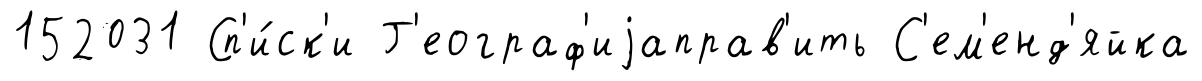
152031 Сп'и́ск'и Г'еограф'иjаправ'ить С'ем'енд'яйка